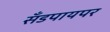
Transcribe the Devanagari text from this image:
सँडपायपर